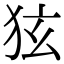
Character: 㹡